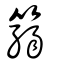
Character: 篛